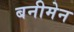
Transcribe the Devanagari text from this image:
बनीमेन